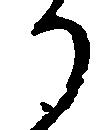
り